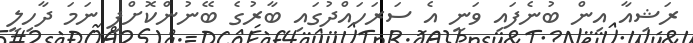
ރަޝިއާ އިން ބުނެފައި ވަނީ އެ ސަރަހައްދުގައި ބާރުގެ ބޭނުންކޮށްފި ނަމަ ދާހިލީ